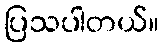
ပြသပါတယ်။